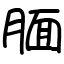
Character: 腼